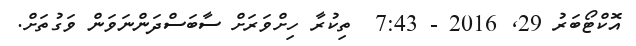
އޮކްޓޯބަރު 29